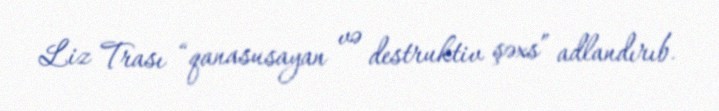
Liz Trası “qanasusayan və destruktiv şəxs” adlandırıb.